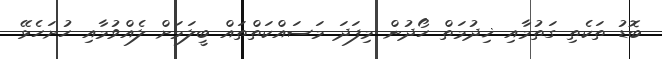
ބޮޑު ތަކެތި ގަތުމާއި ޚިދުމަތް ހޯދުން މިފަދަ މަސައްކަތްތައް ބީލަމަށް ލެއްވުމާއި ހުށަހެޅޭ